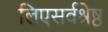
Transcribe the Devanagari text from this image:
लिएसर्वश्रेष्ठ